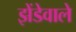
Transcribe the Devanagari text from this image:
झेंडेवाले